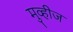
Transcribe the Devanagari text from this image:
मुव्हीज